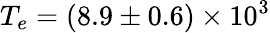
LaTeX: T_{e}=(8.9\pm 0.6)\times 10^{3}